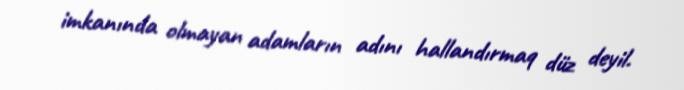
imkanında olmayan adamların adını hallandırmaq düz deyil.